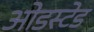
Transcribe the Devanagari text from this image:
ओडस्टेड